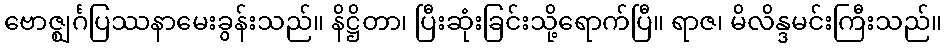
ဗောဇ္ဈင်္ဂပြဿနာမေးခွန်းသည်။ နိဋ္ဌိတာ၊ ပြီးဆုံးခြင်းသို့ရောက်ပြီ။ ရာဇ၊ မိလိန္ဒမင်းကြီးသည်။